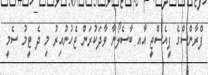
ފްރާންސްގެ ޕީއެސްޖީ އާއ ބާސެލޯނާ ވާދަކުރަން ޖެހުނުއިރު މި ދެ ޓީމު ސެމީ